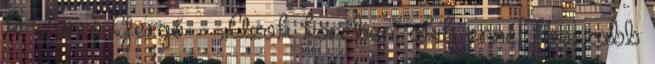
ki Varró Gergő. – „Azok körében, akik ennél hosszabb